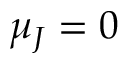
\mu _ { J } = 0